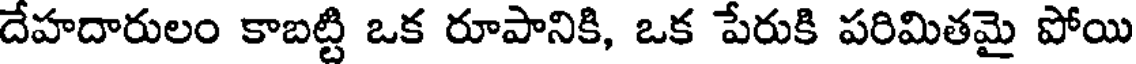
దేహదారులం కాబట్టి ఒక రూపానికి, ఒక పేరుకి పరిమితమై పోయి